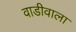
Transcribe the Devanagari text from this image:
वाडीवाला